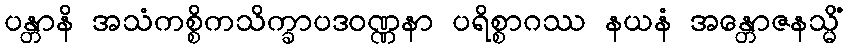
ပန္တာနိ အသံကစ္စိကသိက္ခာပဒဝဏ္ဏနာ ပရိစ္စာဂဿ နယနံ အန္တောဇနသ္မိံ